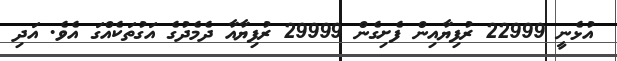
އުޅެނީ 22999 ރުފިޔާއިން ފެށިގެން 29999 ރުފިޔާއާ ދެމެދުގެ އަގުތަކެއްގަ އެވެ. އަދި